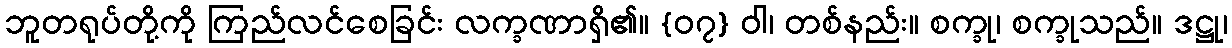
ဘူတရုပ်တို့ကို ကြည်လင်စေခြင်း လက္ခဏာရှိ၏။ {၀၇} ဝါ၊ တစ်နည်း။ စက္ခု၊ စက္ခုသည်။ ဒဋ္ဌု၊